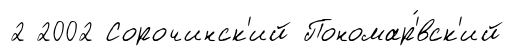
2 2002 Сорочинск'ий Пономар'́вск'ий